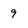
Character: 9